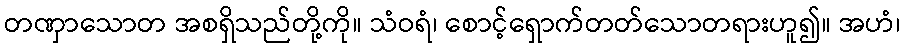
တဏှာသောတ အစရှိသည်တို့ကို။ သံဝရံ၊ စောင့်ရှောက်တတ်သောတရားဟူ၍။ အဟံ၊